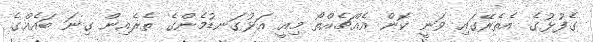
ގެފުޅުގެ އެތެރޭގައި ވަނީ ކޮން އެއްޗެއްތޯ މިއީ އަޅުގަނޑުމެންގެ ތެރެއިން ގިނަ ބައެއްގެ